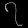
Digit: ၇